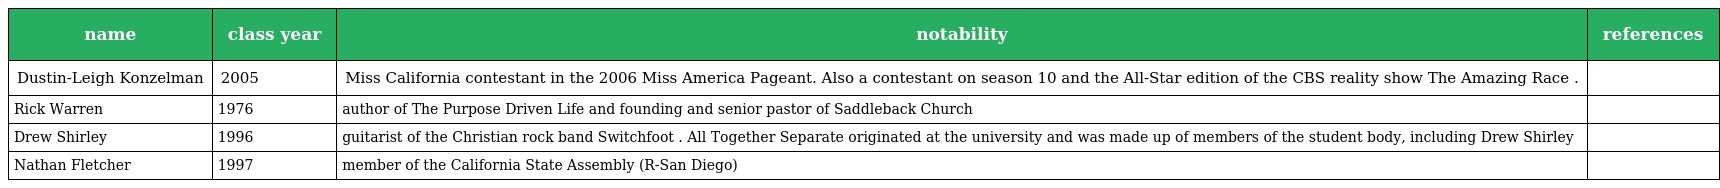
| name | class year | notability | references |
 | --- | --- | --- | --- |
 | Dustin-Leigh Konzelman | 2005 | Miss California contestant in the 2006 Miss America Pageant. Also a contestant on season 10 and the All-Star edition of the CBS reality show The Amazing Race . |  |
 | Rick Warren | 1976 | author of The Purpose Driven Life and founding and senior pastor of Saddleback Church |  |
 | Drew Shirley | 1996 | guitarist of the Christian rock band Switchfoot . All Together Separate originated at the university and was made up of members of the student body, including Drew Shirley |  |
 | Nathan Fletcher | 1997 | member of the California State Assembly (R-San Diego) |  |